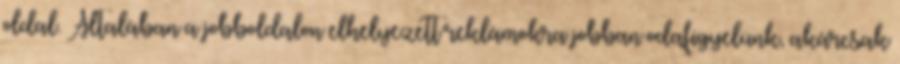
oldal. Általában a jobboldalon elhelyezett reklámokra jobban odafigyelünk, akárcsak